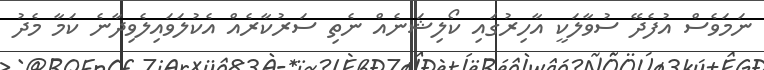
ނަމަވެސް އުފެދޭ ސުވާލަކީ އާހިރުގައި ކޯލިޝަނެއް ނެތި ސަރުކާރެއް އެކުލަވައިލެވިދާނެ ކަމާ މެދު